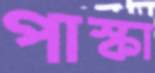
পাস্কা